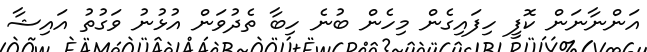
އަންނާނަން ކޮފީ ހިފައިގެން މިހެން ބުނެ ހިބާ ތެދުވަން އުޅުނު ވަގުތު އައިޝާ